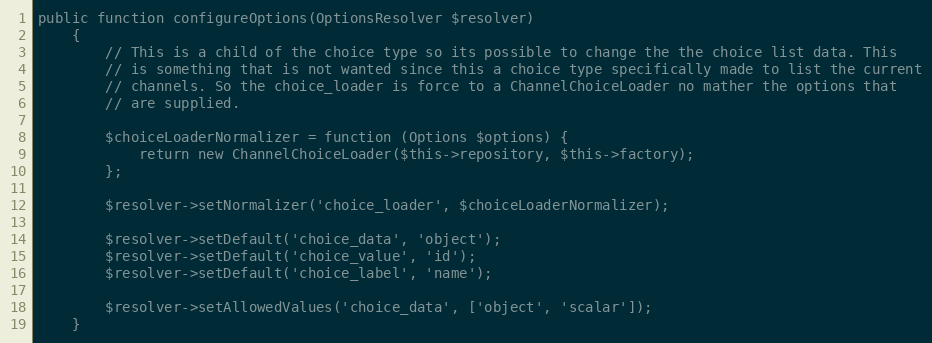
Language: PHP
public function configureOptions(OptionsResolver $resolver)
    {
        // This is a child of the choice type so its possible to change the the choice list data. This
        // is something that is not wanted since this a choice type specifically made to list the current
        // channels. So the choice_loader is force to a ChannelChoiceLoader no mather the options that
        // are supplied.

        $choiceLoaderNormalizer = function (Options $options) {
            return new ChannelChoiceLoader($this->repository, $this->factory);
        };

        $resolver->setNormalizer('choice_loader', $choiceLoaderNormalizer);

        $resolver->setDefault('choice_data', 'object');
        $resolver->setDefault('choice_value', 'id');
        $resolver->setDefault('choice_label', 'name');

        $resolver->setAllowedValues('choice_data', ['object', 'scalar']);
    }